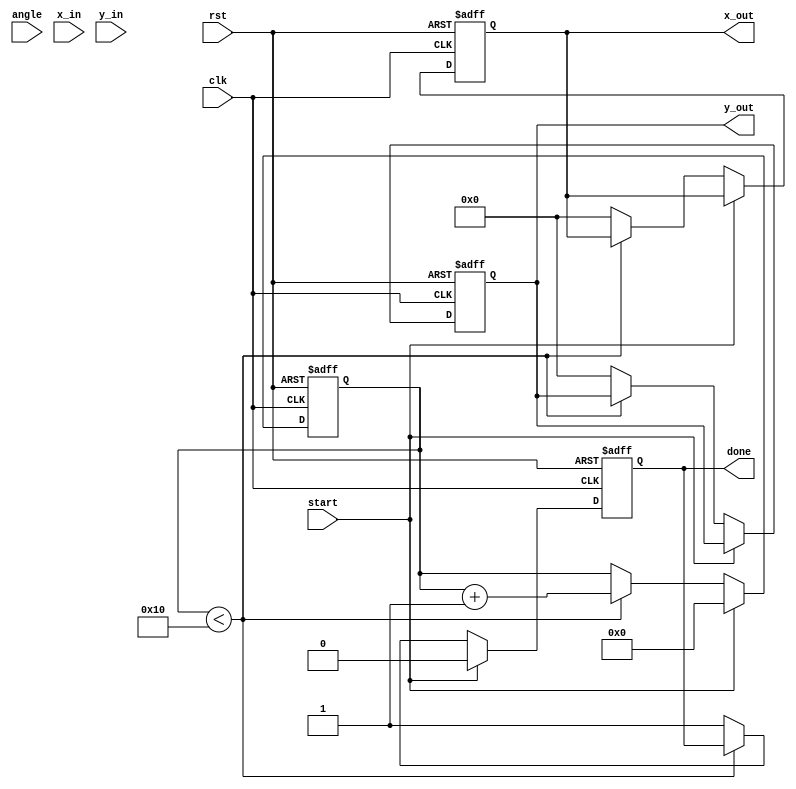
module cordic (
    input wire clk,
    input wire rst,
    input wire [15:0] angle, // Input angle in fixed-point representation
    input wire [15:0] x_in,   // Initial x vector
    input wire [15:0] y_in,   // Initial y vector
    input wire start,         // Start signal for computation
    output reg [15:0] x_out,  // Output x vector after rotation
    output reg [15:0] y_out,  // Output y vector after rotation
    output reg done           // Done signal
);

    // Parameters
    parameter NUM_ITERATIONS = 16; // Number of iterations for CORDIC
    parameter LUT_SIZE = 16;        // Size of the LUT

    // Look-Up Table for arctangent values (in fixed-point)
    reg [15:0] atan_lut [0:LUT_SIZE-1];
    initial begin
        atan_lut[0] = 16'h0000; // atan(0)
        atan_lut[1] = 16'h2000; // atan(1) = /4
        atan_lut[2] = 16'h1C71; // atan(0.5)
        atan_lut[3] = 16'h1735; // atan(0.333)
        atan_lut[4] = 16'h1452; // atan(0.25)
        atan_lut[5] = 16'h1192; // atan(0.2)
        atan_lut[6] = 16'h0F9E; // atan(0.1667)
        atan_lut[7] = 16'h0E38; // atan(0.1429)
        atan_lut[8] = 16'h0D1A; // atan(0.125)
        atan_lut[9] = 16'h0C1A; // atan(0.1111)
        atan_lut[10] = 16'h0B2D; // atan(0.1)
        atan_lut[11] = 16'h0A5C; // atan(0.0909)
        atan_lut[12] = 16'h09A7; // atan(0.0833)
        atan_lut[13] = 16'h090B; // atan(0.0769)
        atan_lut[14] = 16'h087C; // atan(0.0714)
        atan_lut[15] = 16'h0800; // atan(0.0667)
    end

    // Internal registers
    reg [15:0] x_reg;
    reg [15:0] y_reg;
    reg [15:0] angle_reg;
    reg [3:0] iteration;
    reg [15:0] atan_value;
    reg [15:0] scaling_factor;

    // Scaling factor for CORDIC
    initial begin
        scaling_factor = 16'h1C71; // Scaling factor for 16 iterations (approx 0.607)
    end

    // State machine for CORDIC computation
    always @(posedge clk or posedge rst) begin
        if (rst) begin
            x_out <= 0;
            y_out <= 0;
            done <= 0;
            iteration <= 0;
        end else if (start) begin
            // Load initial values
            x_reg <= x_in;
            y_reg <= y_in;
            angle_reg <= angle;
            iteration <= 0;
            done <= 0;
        end else if (iteration < NUM_ITERATIONS) begin
            // Fetch atan value from LUT
            atan_value = atan_lut[iteration];

            // Perform rotation
            if (angle_reg < 0) begin
                // Counterclockwise rotation
                x_reg <= x_reg + (y_reg >>> iteration);
                y_reg <= y_reg - (x_reg >>> iteration);
                angle_reg <= angle_reg + atan_value;
            end else begin
                // Clockwise rotation
                x_reg <= x_reg - (y_reg >>> iteration);
                y_reg <= y_reg + (x_reg >>> iteration);
                angle_reg <= angle_reg - atan_value;
            end

            // Increment iteration
            iteration <= iteration + 1;
        end else begin
            // Apply scaling factor
            x_out <= x_reg * scaling_factor >>> 16; // Adjust for fixed-point
            y_out <= y_reg * scaling_factor >>> 16; // Adjust for fixed-point
            done <= 1; // Indicate completion
        end
    end
endmodule